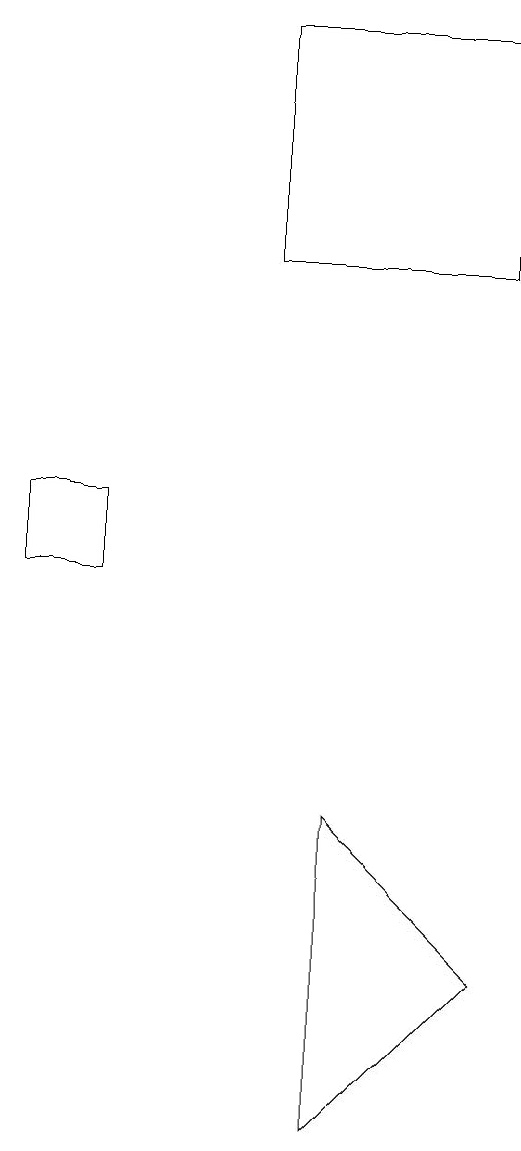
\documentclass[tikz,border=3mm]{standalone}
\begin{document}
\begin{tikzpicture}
\draw (8,18) rectangle (5,15);
\draw (3,12) rectangle (2,11);
\draw (6,8) -- (6,4) -- (8,6) -- cycle;
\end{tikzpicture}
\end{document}